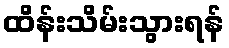
ထိန်းသိမ်းသွားရန်